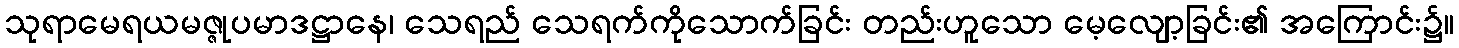
သုရာမေရယမဇ္ဇုပမာဒဋ္ဌာနေ၊ သေရည် သေရက်ကိုသောက်ခြင်း တည်းဟူသော မေ့လျော့ခြင်း၏ အကြောင်း၌။